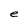
Character: e